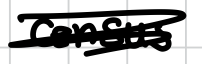
Text: census
Cross-out: scratch
Writing tool: digital_black